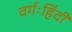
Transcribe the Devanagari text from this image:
वर्गःहिंदी